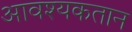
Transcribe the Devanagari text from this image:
आवश्यकतान